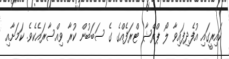
ކައިރީގައި އުފެދިފައިވާ ލޯ ޕްރެޝާ ޓްރަފެއްގެ ގެ ސަބަބުން ކުރާ ވިއްސާރައެކެވެ. ކަަަމަށާއި